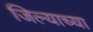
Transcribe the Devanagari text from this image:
जिल्याच्या